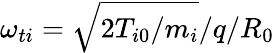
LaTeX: \omega_{ti}=\sqrt{2T_{i0}/m_{i}}/q/R_{0}